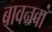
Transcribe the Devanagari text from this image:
बावनवां